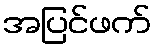
အပြင်ဖက်